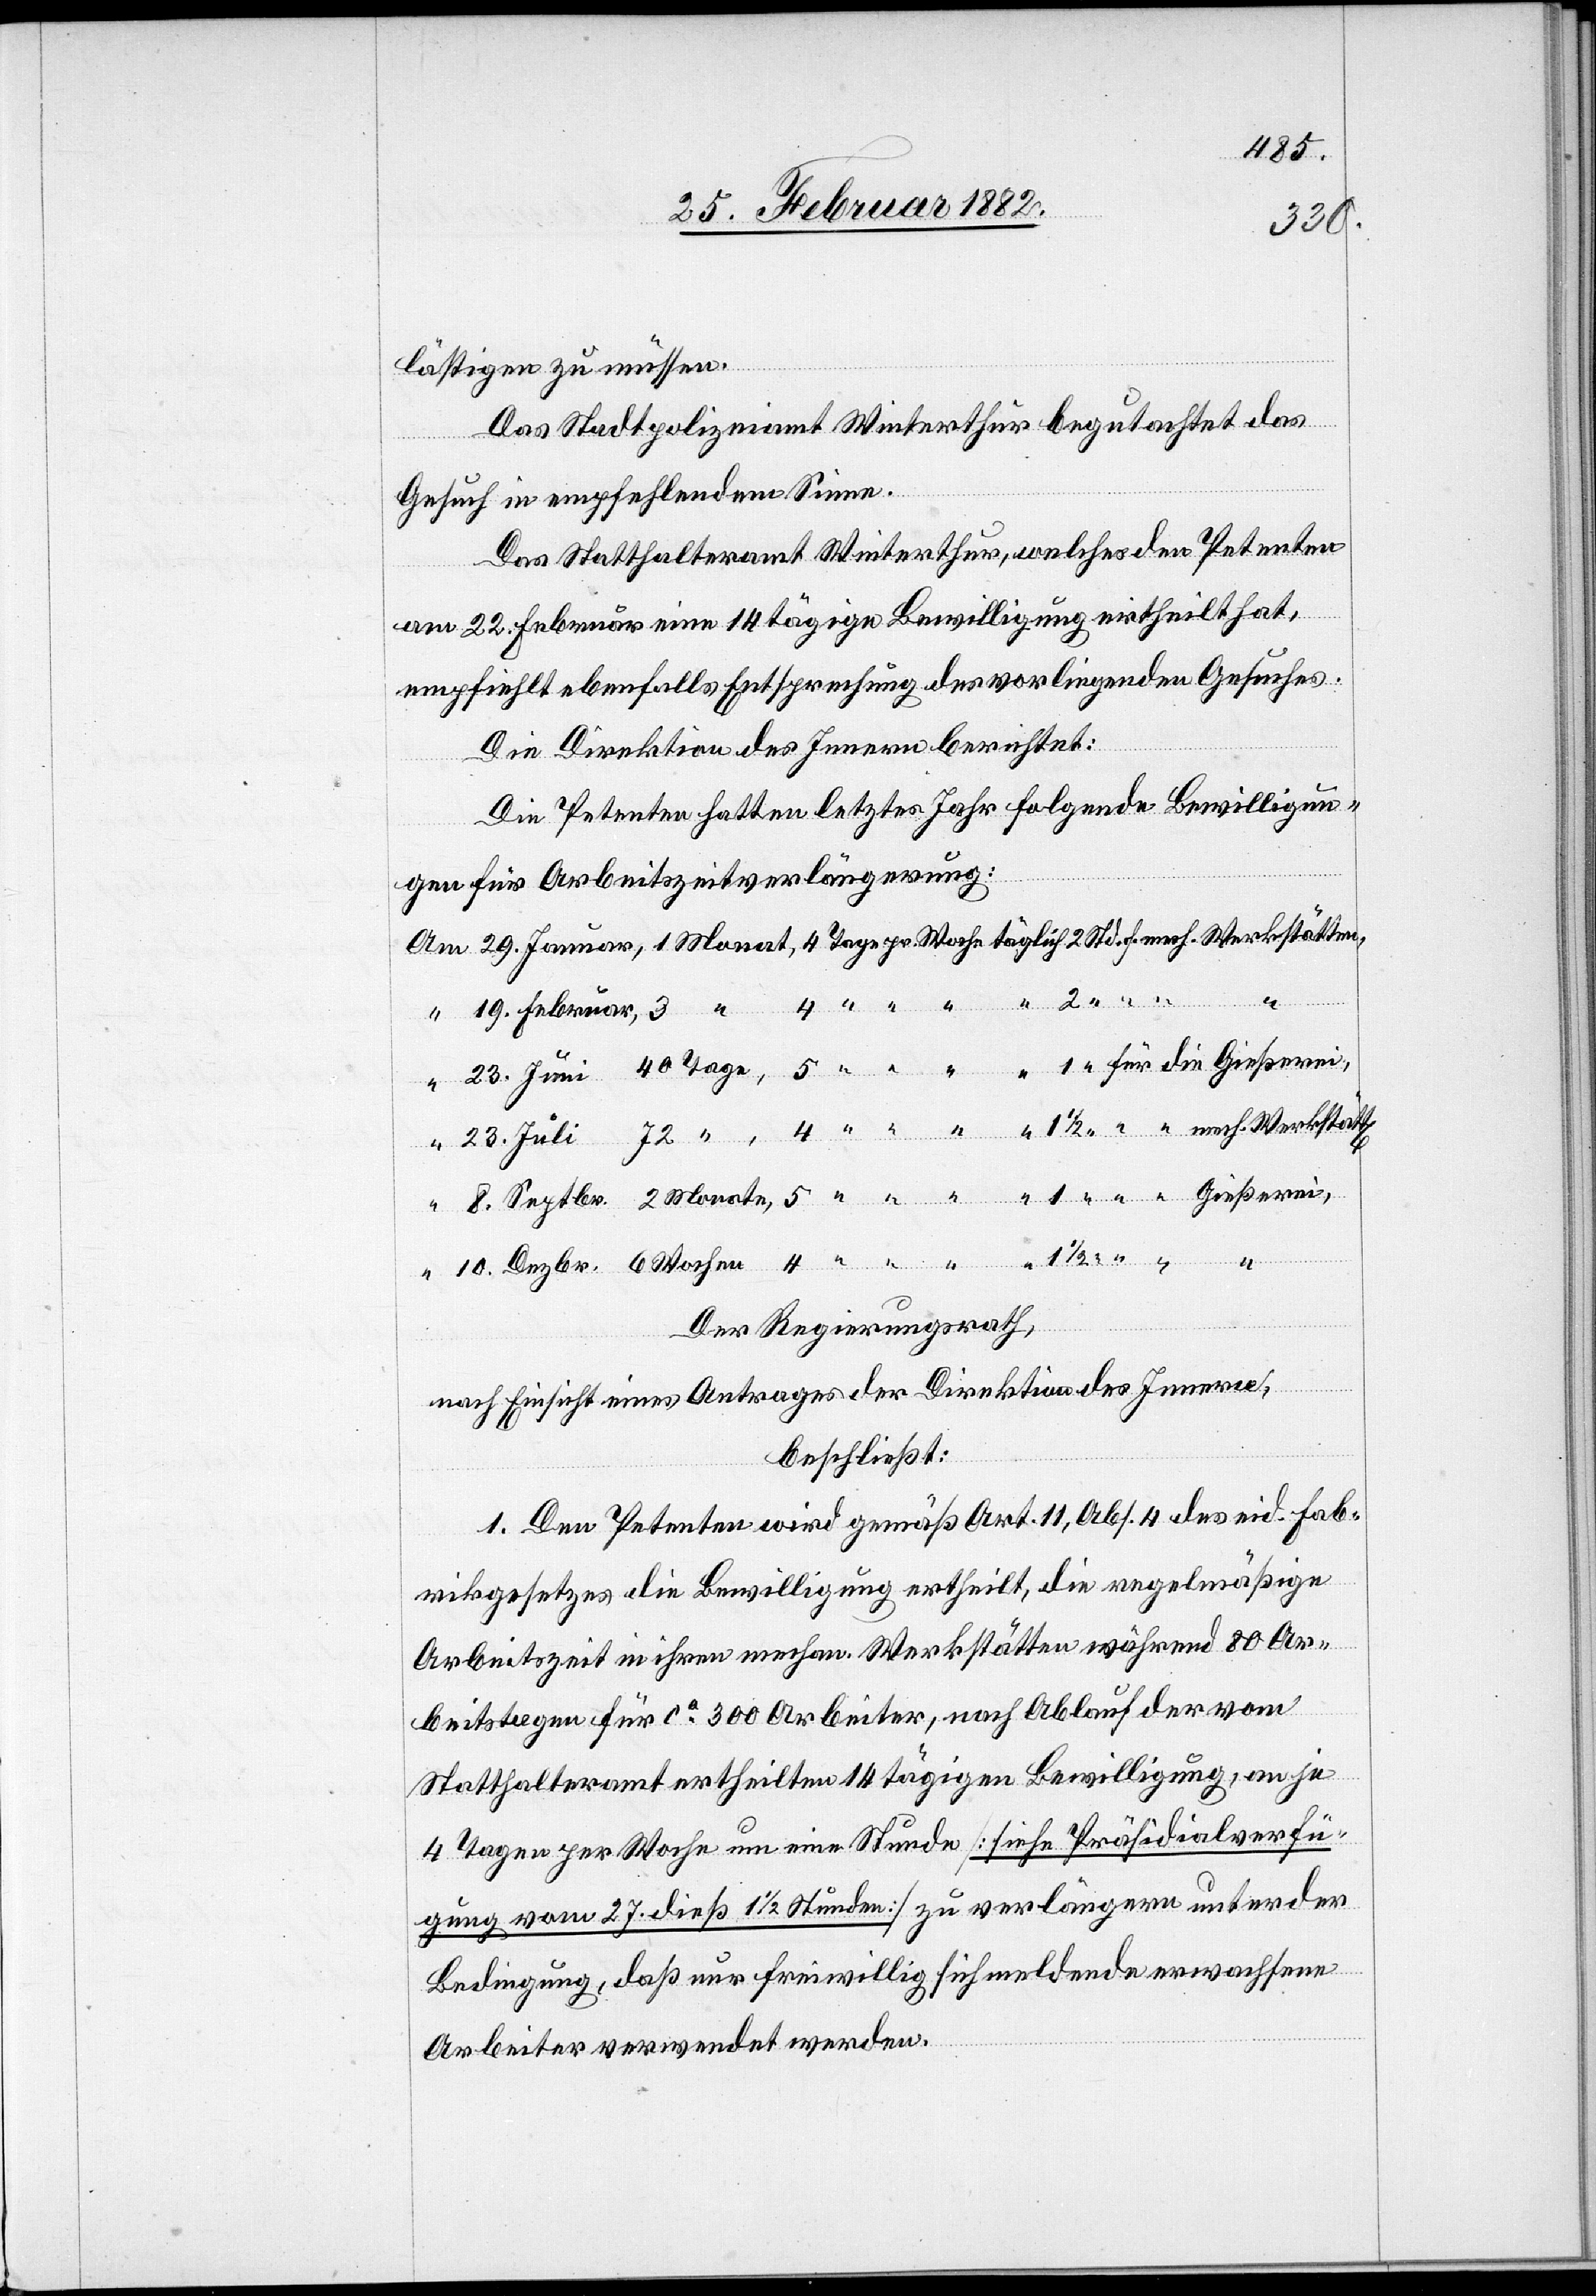
10.
lästigen zu müssen.
Das Stadtpolizeiamt Winterthur begutachtet das
Gesuch in empfehlendem Sinne.
Das Statthalteramt Winterthur, welches den Petenten
am 22. Februar eine 14 tägige Bewilligung ertheilt hat,
empfiehlt ebenfalls Entsprechung des vorliegenden Gesuches.
Die Direktion des Innern berichtet:
Die Petenten hatten letztes Jahr folgende Bewilligun¬
gen für Arbeitszeitverlängerung:
Der Regierungsrath,
Dezbr.
nach Einsicht eines Antrages der Direktion des Innern,
beschließt:
1. Den Petenten wird gemäß Art. 11, Abs. 4 des eid. Fab¬
rikgesetzes die Bewilligung ertheilt, die regelmäßige
Arbeitszeit in ihren mechan. Werkstätten während 80 Ar¬
beitstagen für ca 300 Arbeiter, nach Ablauf der vom
Statthalteramt ertheilten 14 tägigen Bewilligung an je
4 Tagen per Woche um eine Stunde [siehe Präsidialverfü¬
gung vom 27. dieß 11/2 Stunden] zu verlängern unter der
Bedingung, daß nur freiwillig sich meldende erwachsene
Arbeiter verwendet werden.